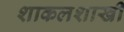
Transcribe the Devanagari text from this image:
शाकलशाखी